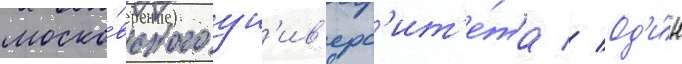
моско́вского ун'ив'ерс'ит'е́та // Од'и́н